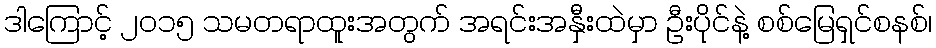
ဒါကြောင့် ၂၀၁၅ သမတရာထူးအတွက် အရင်းအနှီးထဲမှာ ဦးပိုင်နဲ့ စစ်မြေရှင်စနစ်၊